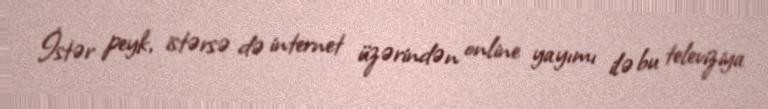
İstər peyk, istərsə də internet üzərindən online yayımı ilə bu televiziya